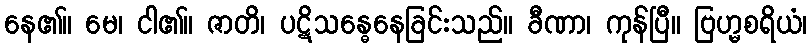
နေ၏။ မေ၊ ငါ၏။ ဇာတိ၊ ပဋိသန္ဓေနေခြင်းသည်။ ခီဏာ၊ ကုန်ပြီ။ ဗြဟ္မစရိယံ၊